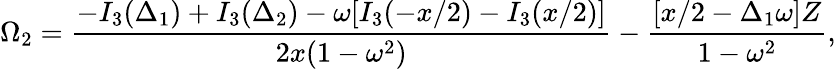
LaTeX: \Omega_{2}=\frac{-I_{3}(\Delta_{1})+I_{3}(\Delta_{2})-\omega[I_{3}(-x/2)-I_{3}(x/2)]}{2x(1-\omega^{2})}-\frac{[x/2-\Delta_{1}\omega]Z}{1-\omega^{2}},